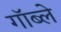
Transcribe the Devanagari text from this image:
गॉब्ले